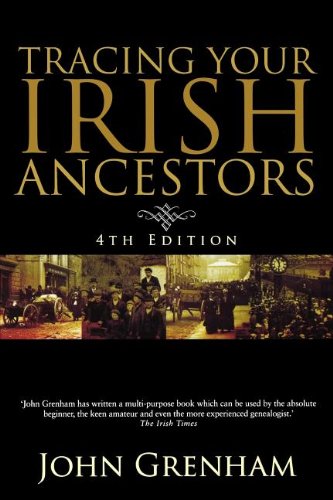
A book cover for Tracing Your Irish Ancestors: The Complete Guide. Fourth Edition; John Grenham; Reference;